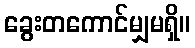
ခွေးတကောင်မျှမရှိ။